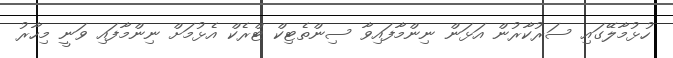
ހުޅުމާލޭގައި ސަރުކާރުން އަޅަން ނިންމާފައިވާ ސިންތެޓިކް ޓްރެކް އެޅުމަށް ނިންމާފައި ވަނީ މިހާރު